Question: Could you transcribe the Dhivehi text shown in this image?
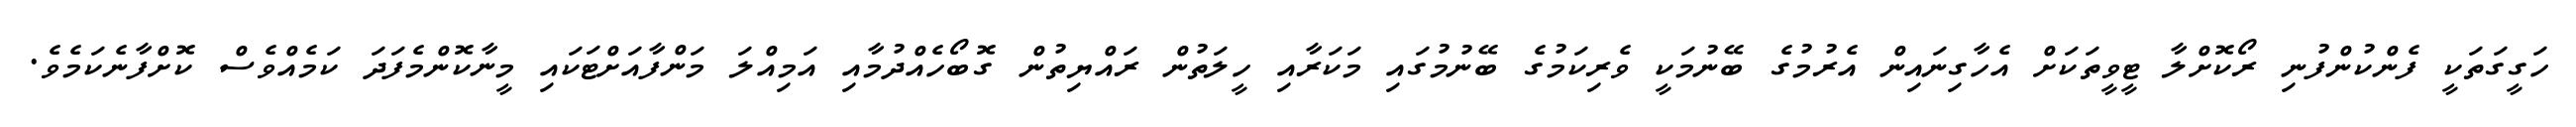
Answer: ހަގީގަތަކީ ފެންކުންފުނި ރޯކޮށްލާ ޓީވީތަކަށް އެހާގިނައިން އެރުމުގެ ބޭނުމަކީ ވެރިކަމުގެ ބޭނުމުގައި މަކަރާއި ހީލަތުން ރައްޔިތުން ގޮބޯހެއްދުމާއި އަމިއްލަ މަންފާއަށްޓަކައި މީނާކޮންމެފަދަ ކަމެއްވެސް ކޮށްފާނެކަމެވެ.